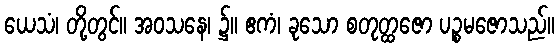
ယေသံ၊ တို့တွင်။ အဝသနေ၊ ၌။ ဧကံ၊ ခုသော စတုတ္ထဇော ပဉ္စမဇောသည်။